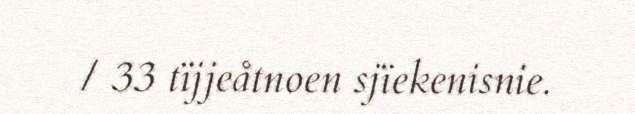
/ 33 tïjjeåtnoen sjïekenisnie.